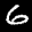
Label: 6